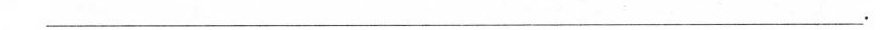
___.